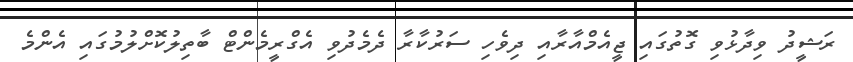
ރަޝީދު ވިދާޅުވި ގޮތުގައި ޖީއެމްއާރާއި ދިވެހި ސަރުކާރާ ދެމެދުވި އެގްރީމެންޓް ބާތިލުކޮށްލުމުގައި އެންމެ